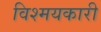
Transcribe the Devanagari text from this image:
विश्मयकारी